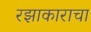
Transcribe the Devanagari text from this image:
रझाकाराचा